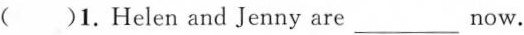
( )1.Helen and Jenny are___ now.